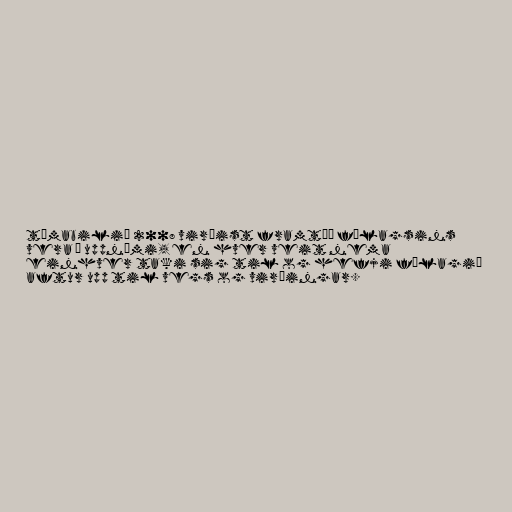
tímabilið 2008 virðist framtíð félagsins
vera í uppnámi, en hver veit nema
einhver taki sig til og hefji félagið
aftur upp til vegs og virðingar.